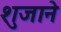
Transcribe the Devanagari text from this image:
शुजाने